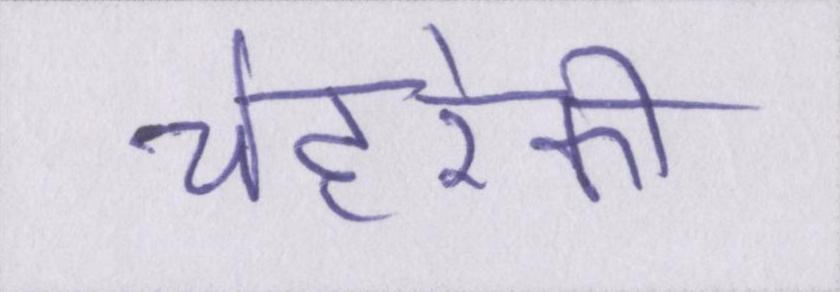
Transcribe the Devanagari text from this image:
चेहरेकी